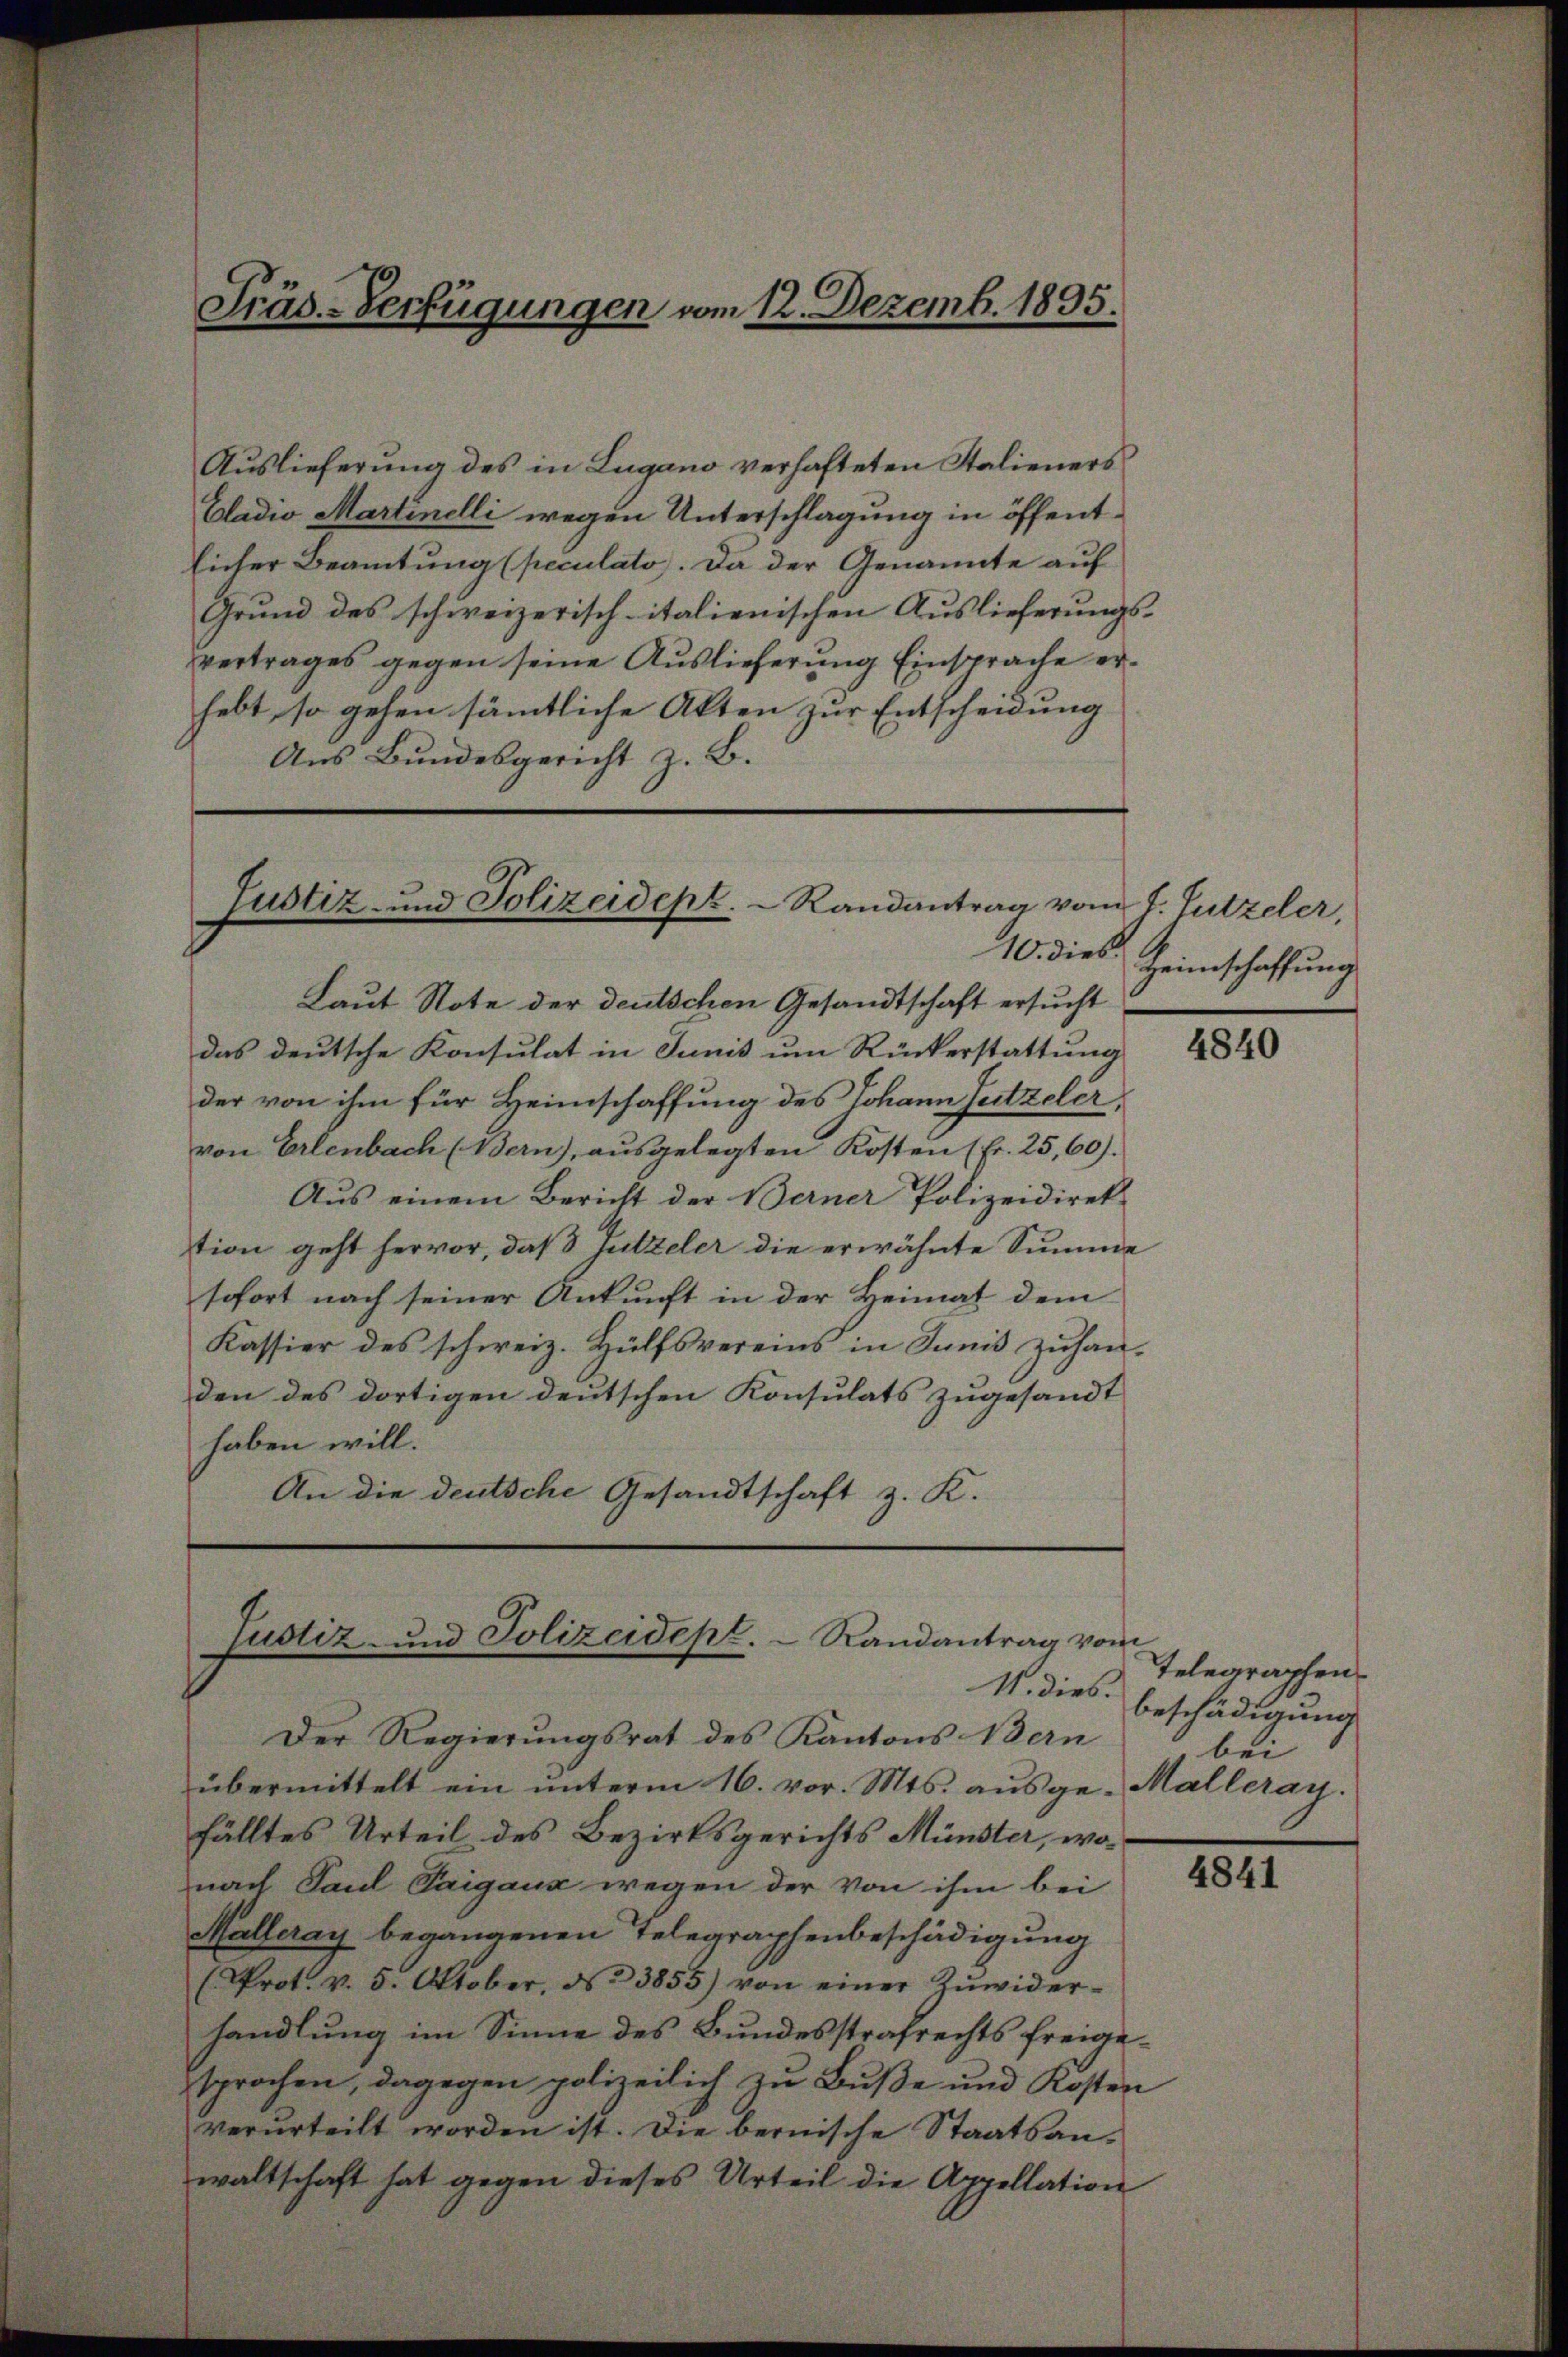
Präs.-Verfügungen vom 12. Dezemb. 1895.

Auslieferung des in Lugano verhafteten Stalieners
Cladio Martinelli wegen Unterschlagung in öffentlicher Beamtung (peculato). Da der Genannte auf
Grund des schweizerisch-italienischen Auslieferungs-
vertrages gegen seine Auslieferung Einsprache erhebt, so gehen sämmtliche Akten zur Entscheidung
Aus Bundesgericht z. B.

Justiz- und Polizeidep.  Randantrag vom 7. Jutzeler,
10. dies

Laut Note der deutschen Gesandtschaft ersucht
das deutsche Konsulat in Junis um Rückerstattung
der von ihm für Heimschaffung des Johann Sutzeler,
von Erlenbach (Bern), ausgelegten Kosten (Fr. 25,60).
Aus einem Bericht der Berner Polizeidirektion geht hervor, daß jutzeler die erwähnte Summe
sofort nach seiner Ankunft in der Heimat dem
Kassier des schweiz. Hülfsvereins in Sanis zuhanden des dortigen deutschen Konsulats zugesandt
haben will.
An die deutsche Gesandtschaft z. K.

Justiz- und Polizeidept.  Randantrag vom

Heimschaffung

Der Regierungsrat des Kantons Bern
übermittelt ein ŭnterm 16. vor. Mts. aŭsge-Malleray.
fälltes Urteil des Bezirksgerichts Münster, wonach Paul Taigaux wegen der von ihm bei
Malleray begangenen Telegraphenbeschädigung
(Prot. v. 5. Oktober, § 3855) von einer Zŭwider-
handlung im Sinne des Bundesstrafrechts freigesprochen, dagegen polizeilich zu Buße und Kosten
verurteilt worden ist. Die bernische Staatsanwaltschaft hat gegen dieses Urteil die Appellation

4840

Telegraphen.
11. dies beschädigung
bei

4841